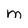
Character: M